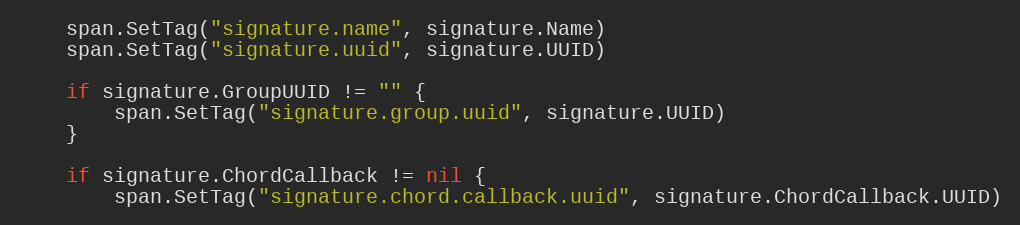
Language: Go
	span.SetTag("signature.name", signature.Name)
	span.SetTag("signature.uuid", signature.UUID)

	if signature.GroupUUID != "" {
		span.SetTag("signature.group.uuid", signature.UUID)
	}

	if signature.ChordCallback != nil {
		span.SetTag("signature.chord.callback.uuid", signature.ChordCallback.UUID)